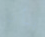
بأن